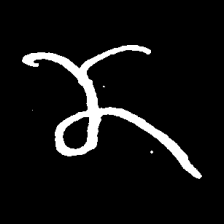
Pyu character \u2014 Myanmar letter: ဏ (romanized: nna)